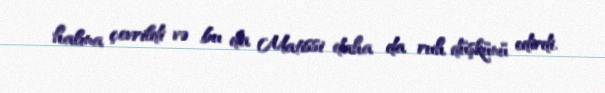
halına çevrildi və bu da Matissi daha da ruh düşkünü edirdi.